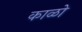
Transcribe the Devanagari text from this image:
काळो